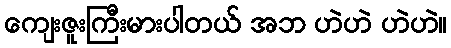
ကျေးဇူးကြီးမားပါတယ် အဘ ဟဲဟဲ ဟဲဟဲ။